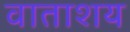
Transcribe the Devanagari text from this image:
वाताशय